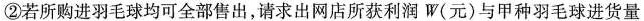
②若所购进羽毛球均可全部售出，请求出网店所获利润W(元)与甲种羽毛球进货量